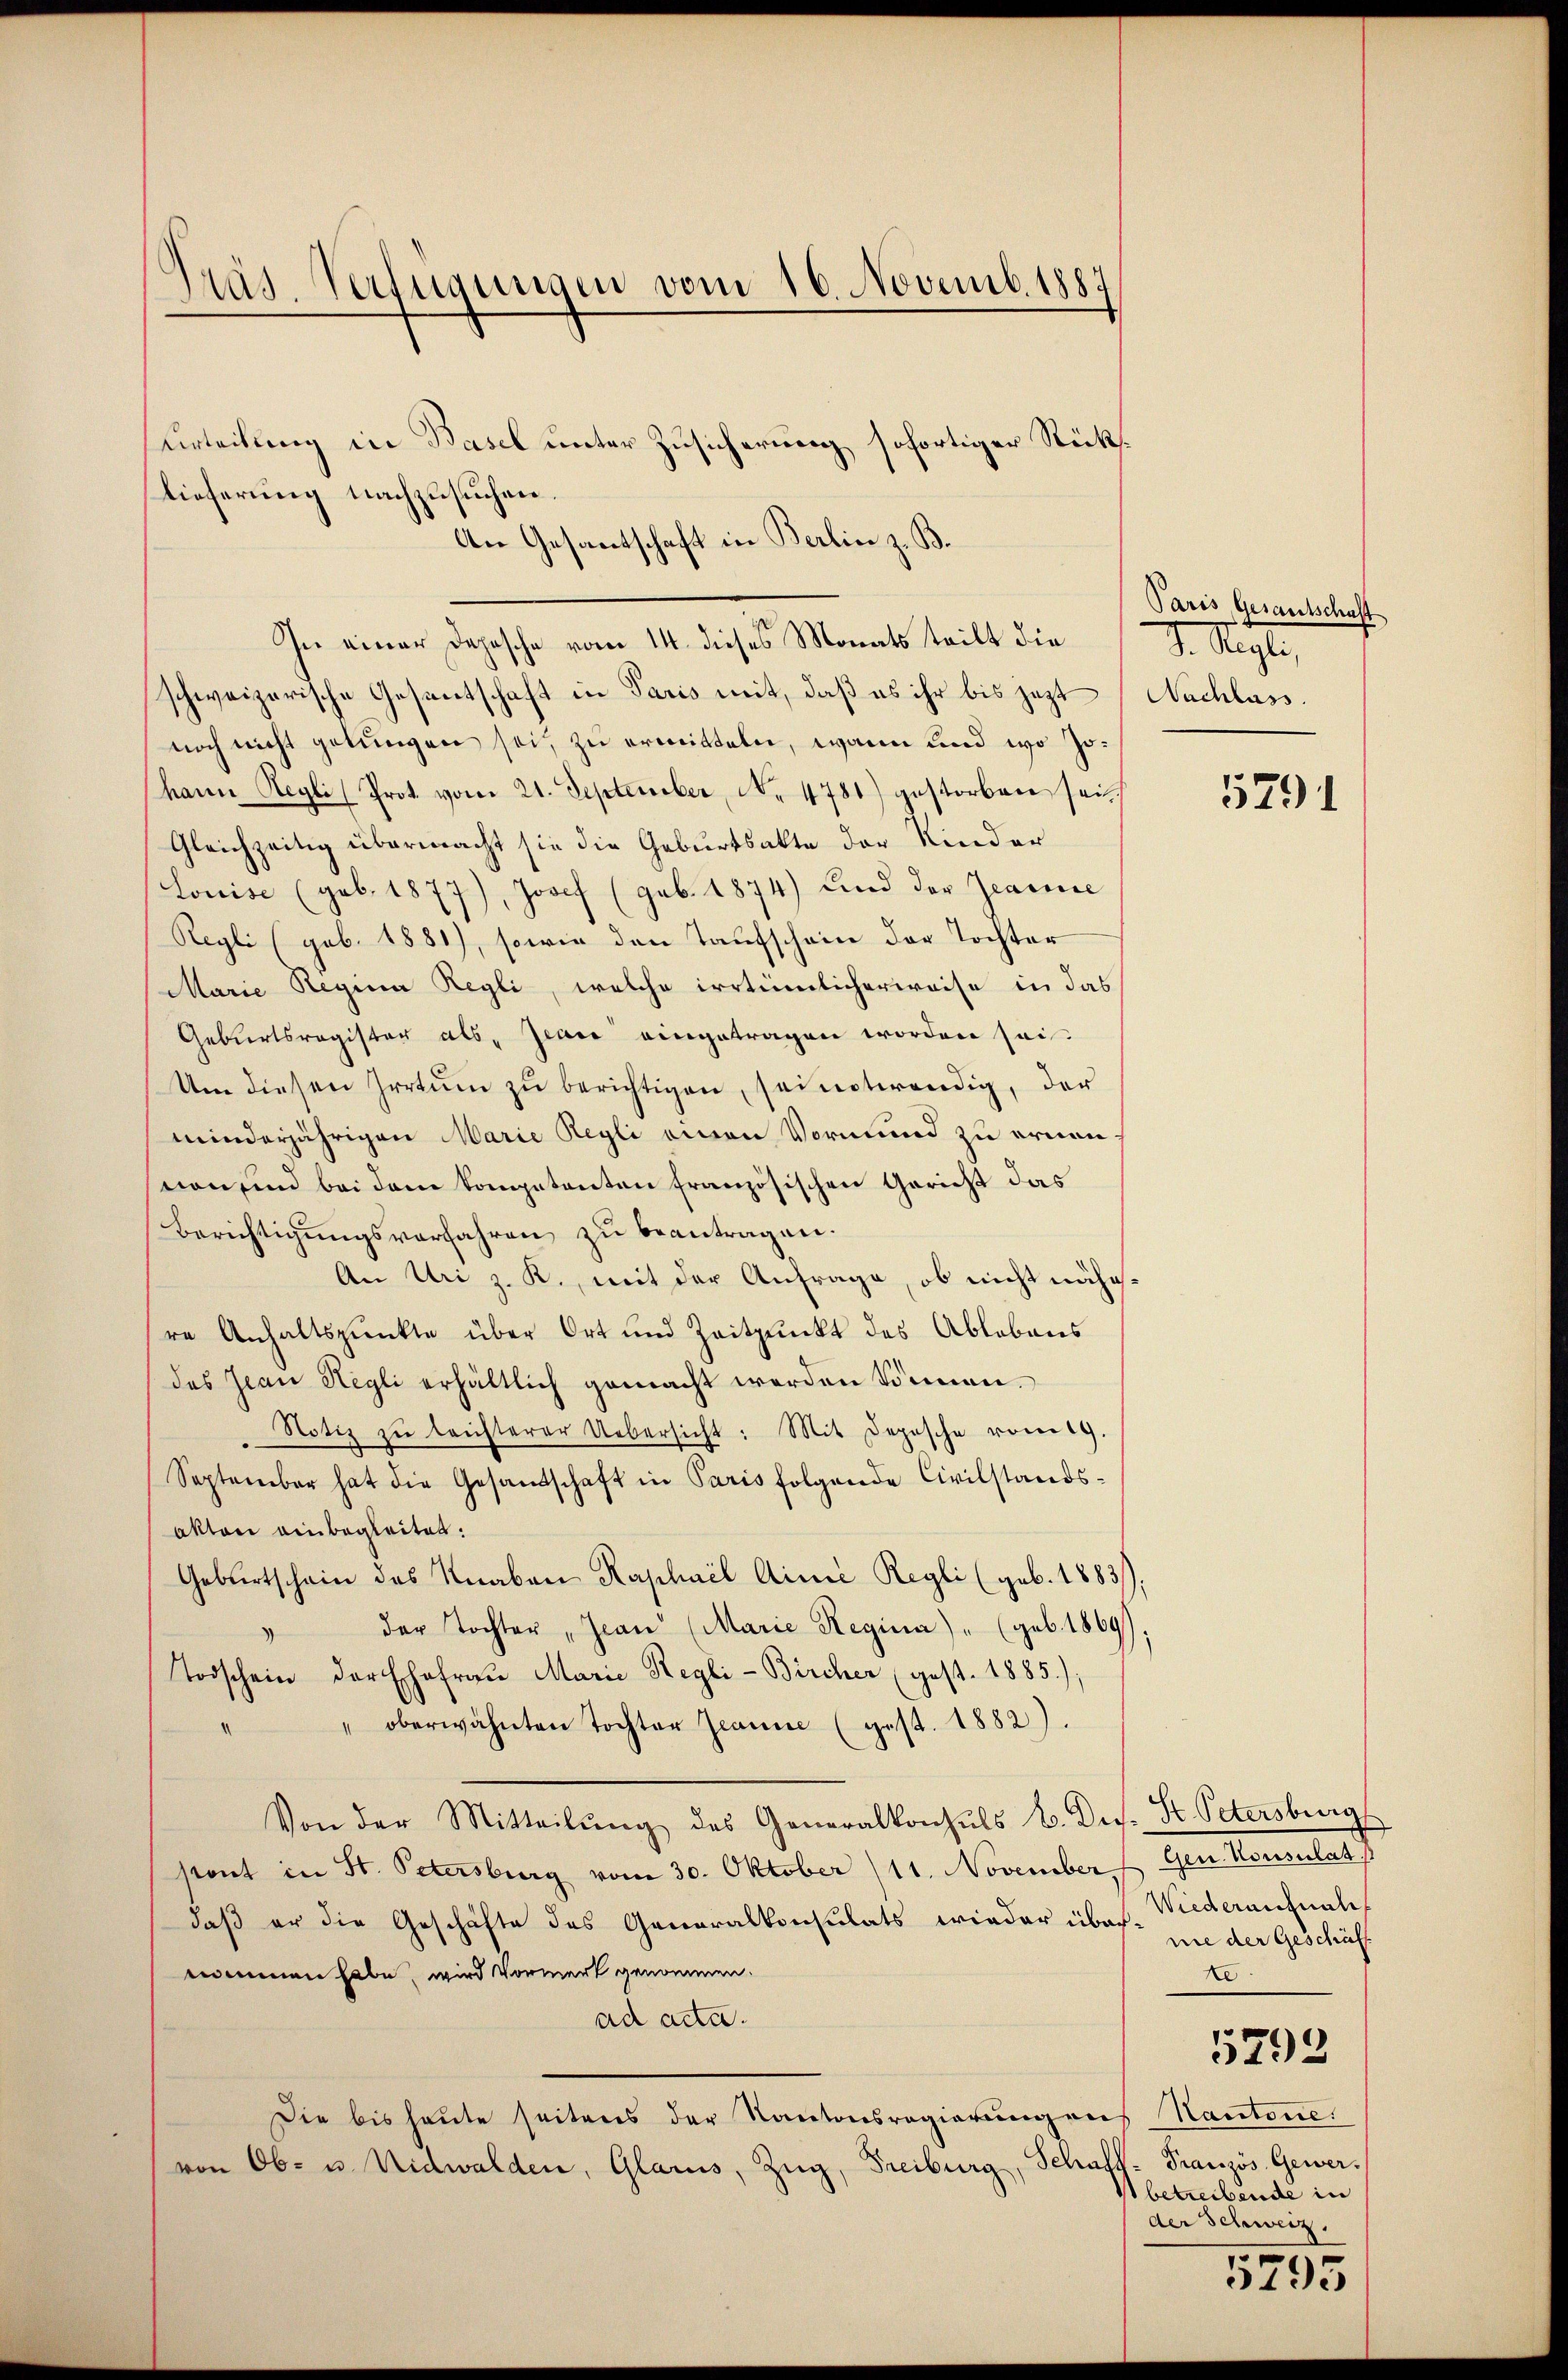
Mas. Verfügungen vom 16. Novemb. 1887

Urteilung in Basel unter Zusicherung sofortiger Rückslieferung nachzusuchen.
An Gesantschaft in Berlin z. B.
In einer Depesche vom 11. dieses Monats teilt die D. Regle,
schweizerische Gesentschaft in Paris mit, daß es ihr bis jezt Nachlass.
noch nicht gelungen sei, zu ermitteln, wann und wo Johann Regli Prot. vom 21. September, No. 4781) gestorben sei.
Gleichzeitig übermacht sie die Geburtsakte der Kinder
Louise (geb. 1877), Josef (geb. 1874) und der Zecarice
Regli (geb. 1881), sowie den Taufschein der Tochter
Marie Regina Regli, welche irrtümlicherweise in das
Geburtsregister als Jean eingetragen worden sei.
Um diesen Irrtum zu berichtigen, sei notwendig, der
minderjährigen Marie Regli einen Vormund zu ernennon sind bei den kompetenten französischen Gericht das
Berichtigungsverfahren zu beantragen.
An Uri z. R., mit der Anfrage, ob nicht nähere Anhaltspunkte über Ort und Zeitpunkt des Ablebens
des Jean Hegli erhältlich gemacht werden können.
Notiz zŭ leichterer Uebersicht: Mit Depesche vom 19.
September hat die Gesandtschaft in Paris folgende Civilstands-
aktor einbegleitet:
Gebertschein des Knaben Raphael Ainie Regli (geb. 1883.
der Tochter, Jean (Marie Regina) " (geb. 1869)
)
Todschein der Ehefrau Marie Regli-Bircher (gest. 1885);
oberwähnten Tochter Jeanne (gest. 1882).
Von der Mitteilŭng des Generalkonsuls b. Diss. St. Petersburg
stant in St. Petersburg vom 30. Oktober (11. November Gen. Konsulat
daß er die Geschäfte des Generalkonsulats wieder über-Wiederaufnah
nommen habe, wird Vormerk genommen.
ad ada.
Die bis heute seitens der Kantonsregierungens Kantone.
von Ob- u. Nidwalden, Glarus, Zug, Freiburg, Schaff- Französ. Gewer¬

Paris Gesantschaft

5791

nie der Geschäft
te
5793
betreibende in
der Schweiz.

5795